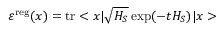
\varepsilon ^ { \mathrm { r e g } } ( x ) = \mathrm { t r } < x | \sqrt { H _ { S } } \exp ( - t H _ { S } ) | x >